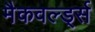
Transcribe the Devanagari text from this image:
मैकवर्ल्ड्स